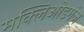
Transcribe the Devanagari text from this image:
मक्लिओडगंज